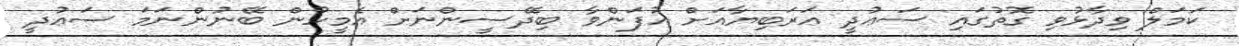
ކަމަލް ވިދާޅުވި ގޮތުގައި ސަޢުދީ ޢަރަބިޔާއަށް އުފަންވާ ބިދޭސީންނަށް އެމީހުން ބޭނުންނަމަ ސަޢުދީ